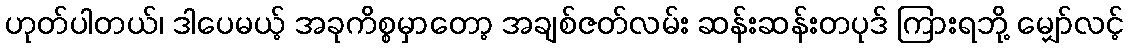
ဟုတ်ပါတယ်၊ ဒါပေမယ့် အခုကိစ္စမှာတော့ အချစ်ဇတ်လမ်း ဆန်းဆန်းတပုဒ် ကြားရဘို့ မျှော်လင့်